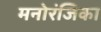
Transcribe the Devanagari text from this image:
मनोरंजिका